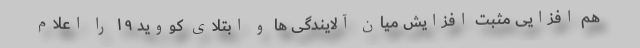
هم افزایی مثبت افزایش میان آلایندگی ها و ابتلای کووید ۱۹ را اعلام